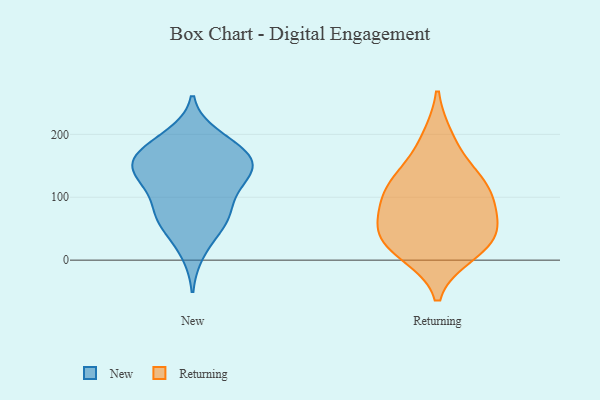
{"axis": {"x": "Satisfaction Score", "y": "Value"}, "legend": ["New", "Returning"], "data": [{"x": "", "y": 85, "type": "New"}, {"x": "", "y": 52, "type": "New"}, {"x": "", "y": 147, "type": "New"}, {"x": "", "y": 198, "type": "New"}, {"x": "", "y": 178, "type": "New"}, {"x": "", "y": 12, "type": "New"}, {"x": "", "y": 168, "type": "New"}, {"x": "", "y": 157, "type": "New"}, {"x": "", "y": 151, "type": "New"}, {"x": "", "y": 126, "type": "New"}, {"x": "", "y": 123, "type": "New"}, {"x": "", "y": 68, "type": "New"}, {"x": "", "y": 59, "type": "New"}, {"x": "", "y": 76, "type": "New"}, {"x": "", "y": 145, "type": "New"}, {"x": "", "y": 189, "type": "New"}, {"x": "", "y": 158, "type": "New"}, {"x": "", "y": 117, "type": "New"}, {"x": "", "y": 95, "type": "Returning"}, {"x": "", "y": 123, "type": "Returning"}, {"x": "", "y": 134, "type": "Returning"}, {"x": "", "y": 25, "type": "Returning"}, {"x": "", "y": 42, "type": "Returning"}, {"x": "", "y": 38, "type": "Returning"}, {"x": "", "y": 104, "type": "Returning"}, {"x": "", "y": 65, "type": "Returning"}, {"x": "", "y": 192, "type": "Returning"}, {"x": "", "y": 12, "type": "Returning"}]}